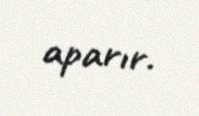
aparır.